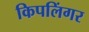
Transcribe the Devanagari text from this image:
किपलिंगर